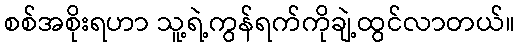
စစ်အစိုးရဟာ သူ့ရဲ့ကွန်ရက်ကိုချဲ့ထွင်လာတယ်။